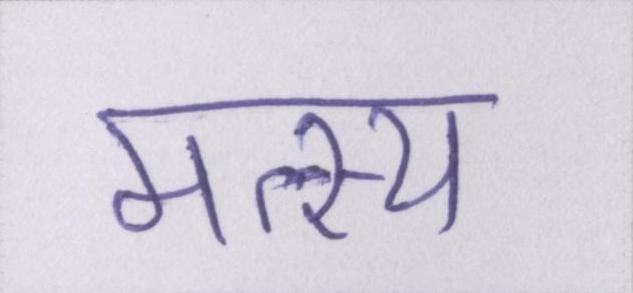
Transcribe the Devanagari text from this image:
मत्स्य